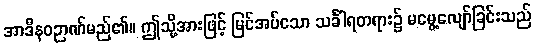
အာဒီနဝဉာဏ်မည်၏။ ဤသို့အားဖြင့် မြင်အပ်သော သင်္ခါရတရား၌ မမွေ့လျော်ခြင်းသည်